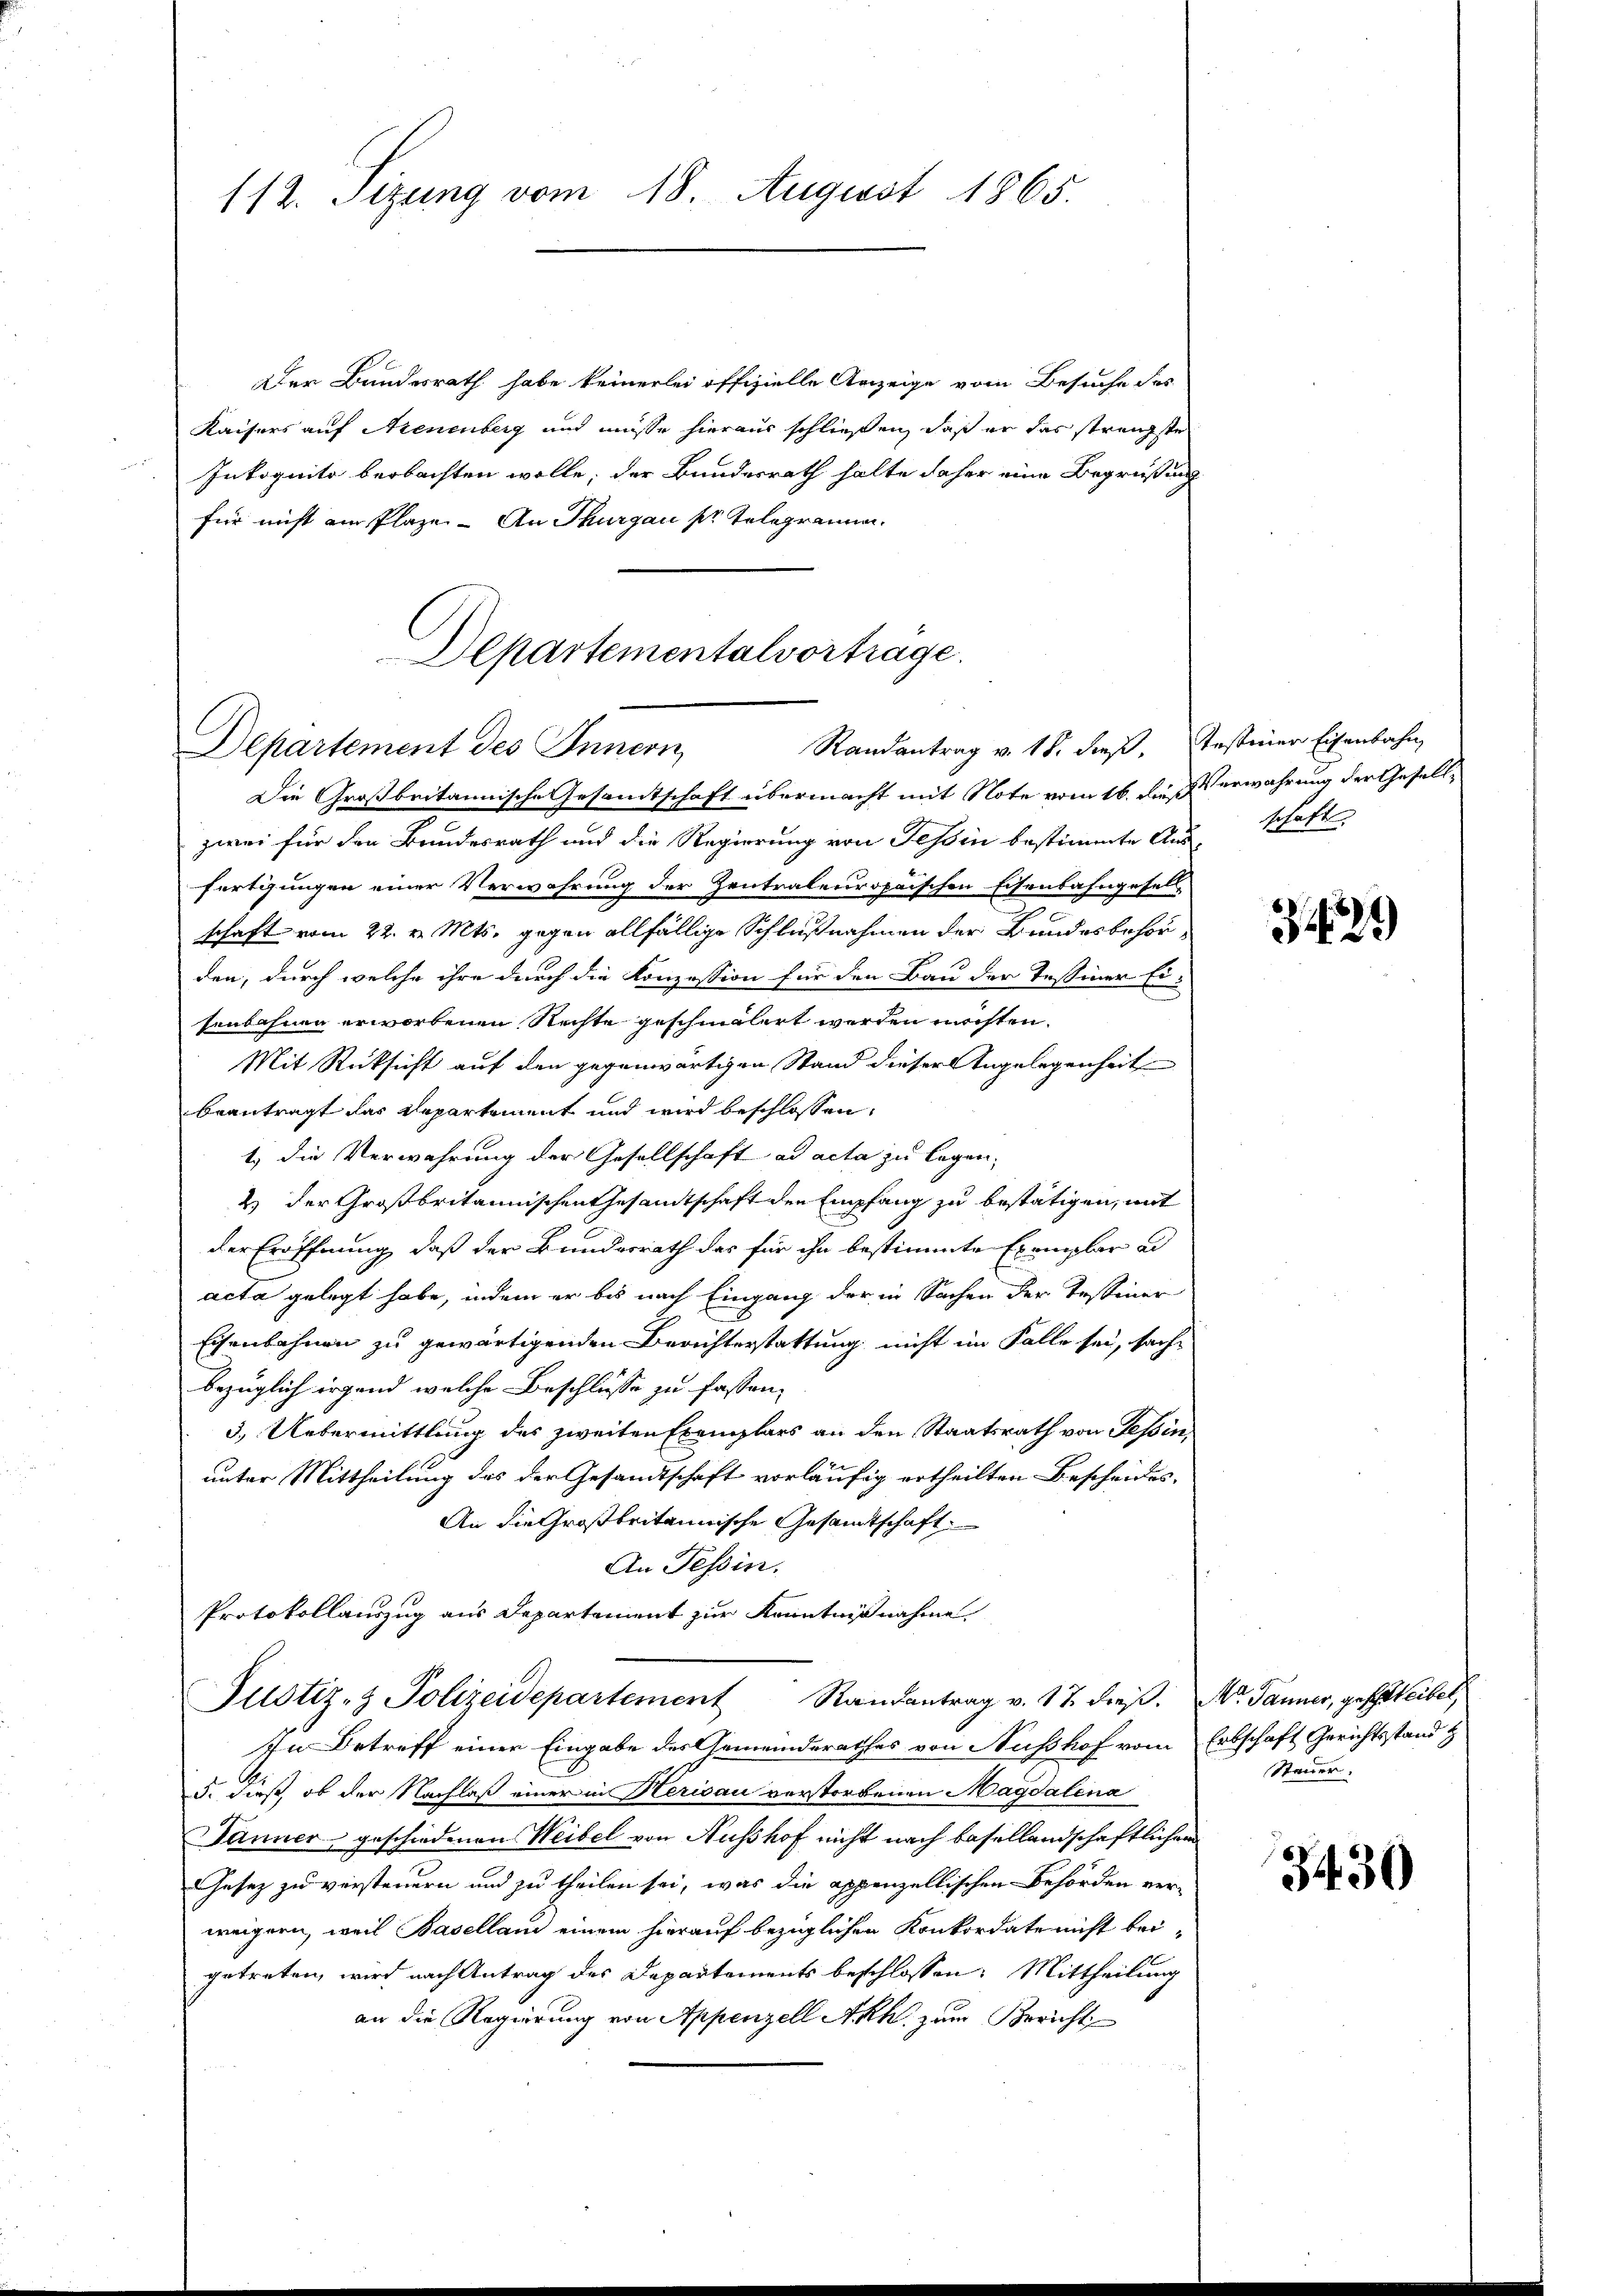
112. Sizung vom 18. August 1865.

Der Bundesrath habe keinerlei offizielle Anzeige vom Besuche des
Kaisers auf Neuenburg und müsse hieraus schließen, daß er das strengste
Inkognito beobachten wolle; der Bundesrath halte daher eine Begrüßung
für nicht ein Plaze - An Thurgau pr. Telegramm.

Departementalvortrage.
Departement des Innern,
Randantrag v. 18. dieß,

Die Großbritannische Gesamtschaft übermacht mit Note vom 16. dieß
zwei für den Bundesrath und die Regierung von Tessin bestimmte Ausschafte
fertigungen einer Verwahrung der Zentralenropaischen Eisenbahngesell
schaft vom 22. v. Mts. gegen allfällige Schlußnahmen der Bundesbehör
den, durch welche ihre durch die Konzession für den Bau der Tessiner Eisenbahnen erworbenen Rechte geschinglert werden möchten.
Mit Rücksicht auf den gegenwärtigen Stand dieser Angelegenheit
beantragt das Repartement und wird beschlossen,
1.) Die Verwahrung der Gesellschaft ad acta zu legen,
2) der Großbritannischen Gesandtschaft den Empfang zu bestätigen, mit
der Eröffnung, daß der Bunderrath des für ihn bestimmte Exemplar un
acta gelegt habe, indem er bis nach Eingang der in Sachen der Tessiner
Eisenbahnen zu gewärtigenden Berichterstattung nicht im Falle sei, sache
bezüglich irgend welche Beschlusse zu fassen,
3.) Uebermittlung des zweiten Exemplars an den Staatsrath von Tessin,
unter Mittheilung des der Gesandtschaft vorläufig ertheilten Bescheides
An die Großbritannische Gesandtschaft
An Tessin.
Protokollauszug aus Departement zur Kenntnißnahme
Justiz- & Polizeidepartement Randantrag v. 17. dieβ.
In Betreff einer Eingabe des Gemeinderathes von Nusshof vom Erbschaft Gerichtsstand t
5. dieß, ob der Nachlaß einer in Herisau verstorbenen Magdalena
Dänner, geschiedenen Weibel von Husshof nicht nach Basellandschaftlichen
Gesez zu versteuern und zu theilen sei, was die appenzellischen Behörden ver-
weigern, weil Basellan einem hierauf bezüglichen Konkordate nicht bei-
getreten, wird nach Antrag des Departements beschlossen: Mittheilung
an die Regierung von Appenzell Akk. zum Bericht

Testiner Eisenbahn,
Verwahrung der Gesell¬

3421)

Mr. Jänner, geschreibet,
Steuer.

3430